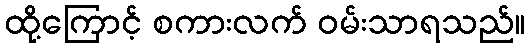
ထို့ကြောင့် စကားလက် ဝမ်းသာရသည်။